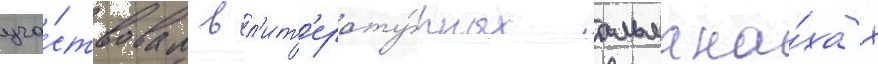
уча́ствовал в л'ит'ерату́рных альмана́хах